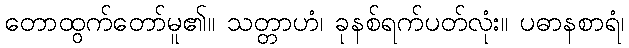
တောထွက်တော်မူ၏။ သတ္တာဟံ၊ ခုနစ်ရက်ပတ်လုံး။ ပဓာနစာရံ၊